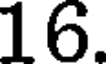
16.